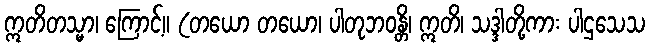
ဣတိတသ္မာ၊ ကြောင့်။ (တယော တယော၊ ပါတုဘဝန္တိ၊ ဣတိ၊ သဒ္ဒါတို့ကား ပါဌသေသ